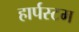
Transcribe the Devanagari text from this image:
हार्पस्टम